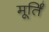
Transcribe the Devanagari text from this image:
मूर्तिं